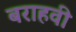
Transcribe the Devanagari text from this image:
बराहवी